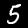
Digit: 5